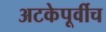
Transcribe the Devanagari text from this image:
अटकेपूर्वीच